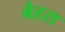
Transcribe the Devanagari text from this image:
बेहरा